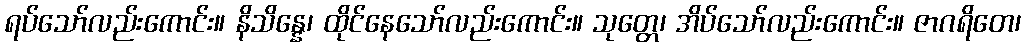
ရပ်သော်လည်းကောင်း။ နိသိန္နေ၊ ထိုင်နေသော်လည်းကောင်း။ သုတ္တေ၊ အိပ်သော်လည်းကောင်း။ ဇာဂရိတေ၊